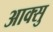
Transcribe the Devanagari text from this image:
आक्सु